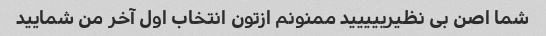
شما اصن بی نظیرییییید ممنونم ازتون انتخاب اول آخر من شمایید